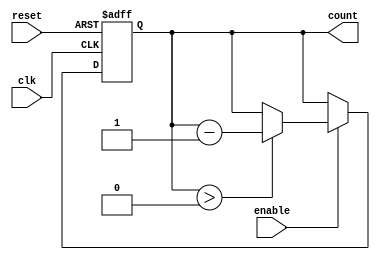
module down_counter (
    input wire clk,        // Clock signal
    input wire reset,      // Asynchronous reset signal
    input wire enable,     // Enable signal for decrementing
    output reg [N-1:0] count // Current counter value
);
    parameter N = 4; // Define the width of the counter (4 bits as an example)
    parameter MAX_COUNT = (1 << N) - 1; // Maximum value for the counter (N bits)

    // On reset, set the counter to maximum value
    always @(posedge clk or posedge reset) begin
        if (reset) begin
            count <= MAX_COUNT; // Reset to maximum value
        end else if (enable) begin
            if (count > 0) begin
                count <= count - 1; // Decrement count
            end
            // If count == 0, remain at zero (no underflow)
        end
    end

    // Initialize count on power-up/reset
    initial begin
        count = MAX_COUNT; // Initialize the counter to maximum value
    end

endmodule